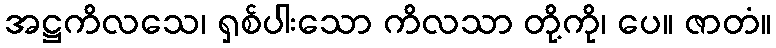
အဋ္ဌကိလသေ၊ ရှစ်ပါးသော ကိလသာ တို့ကို၊ ပေ။ ဇာတံ။